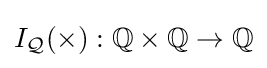
I_{\mathcal {Q}}(\times ):\mathbb {Q} \times \mathbb {Q} \to \mathbb {Q}